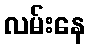
လမ်းနေ